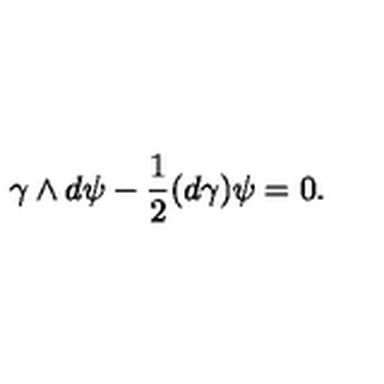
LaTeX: \gamma \wedge d \psi - { \frac { 1 } { 2 } } ( d \gamma ) \psi = 0 .